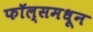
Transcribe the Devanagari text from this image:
फॉल्समधून